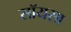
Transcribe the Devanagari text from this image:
सॉयसा